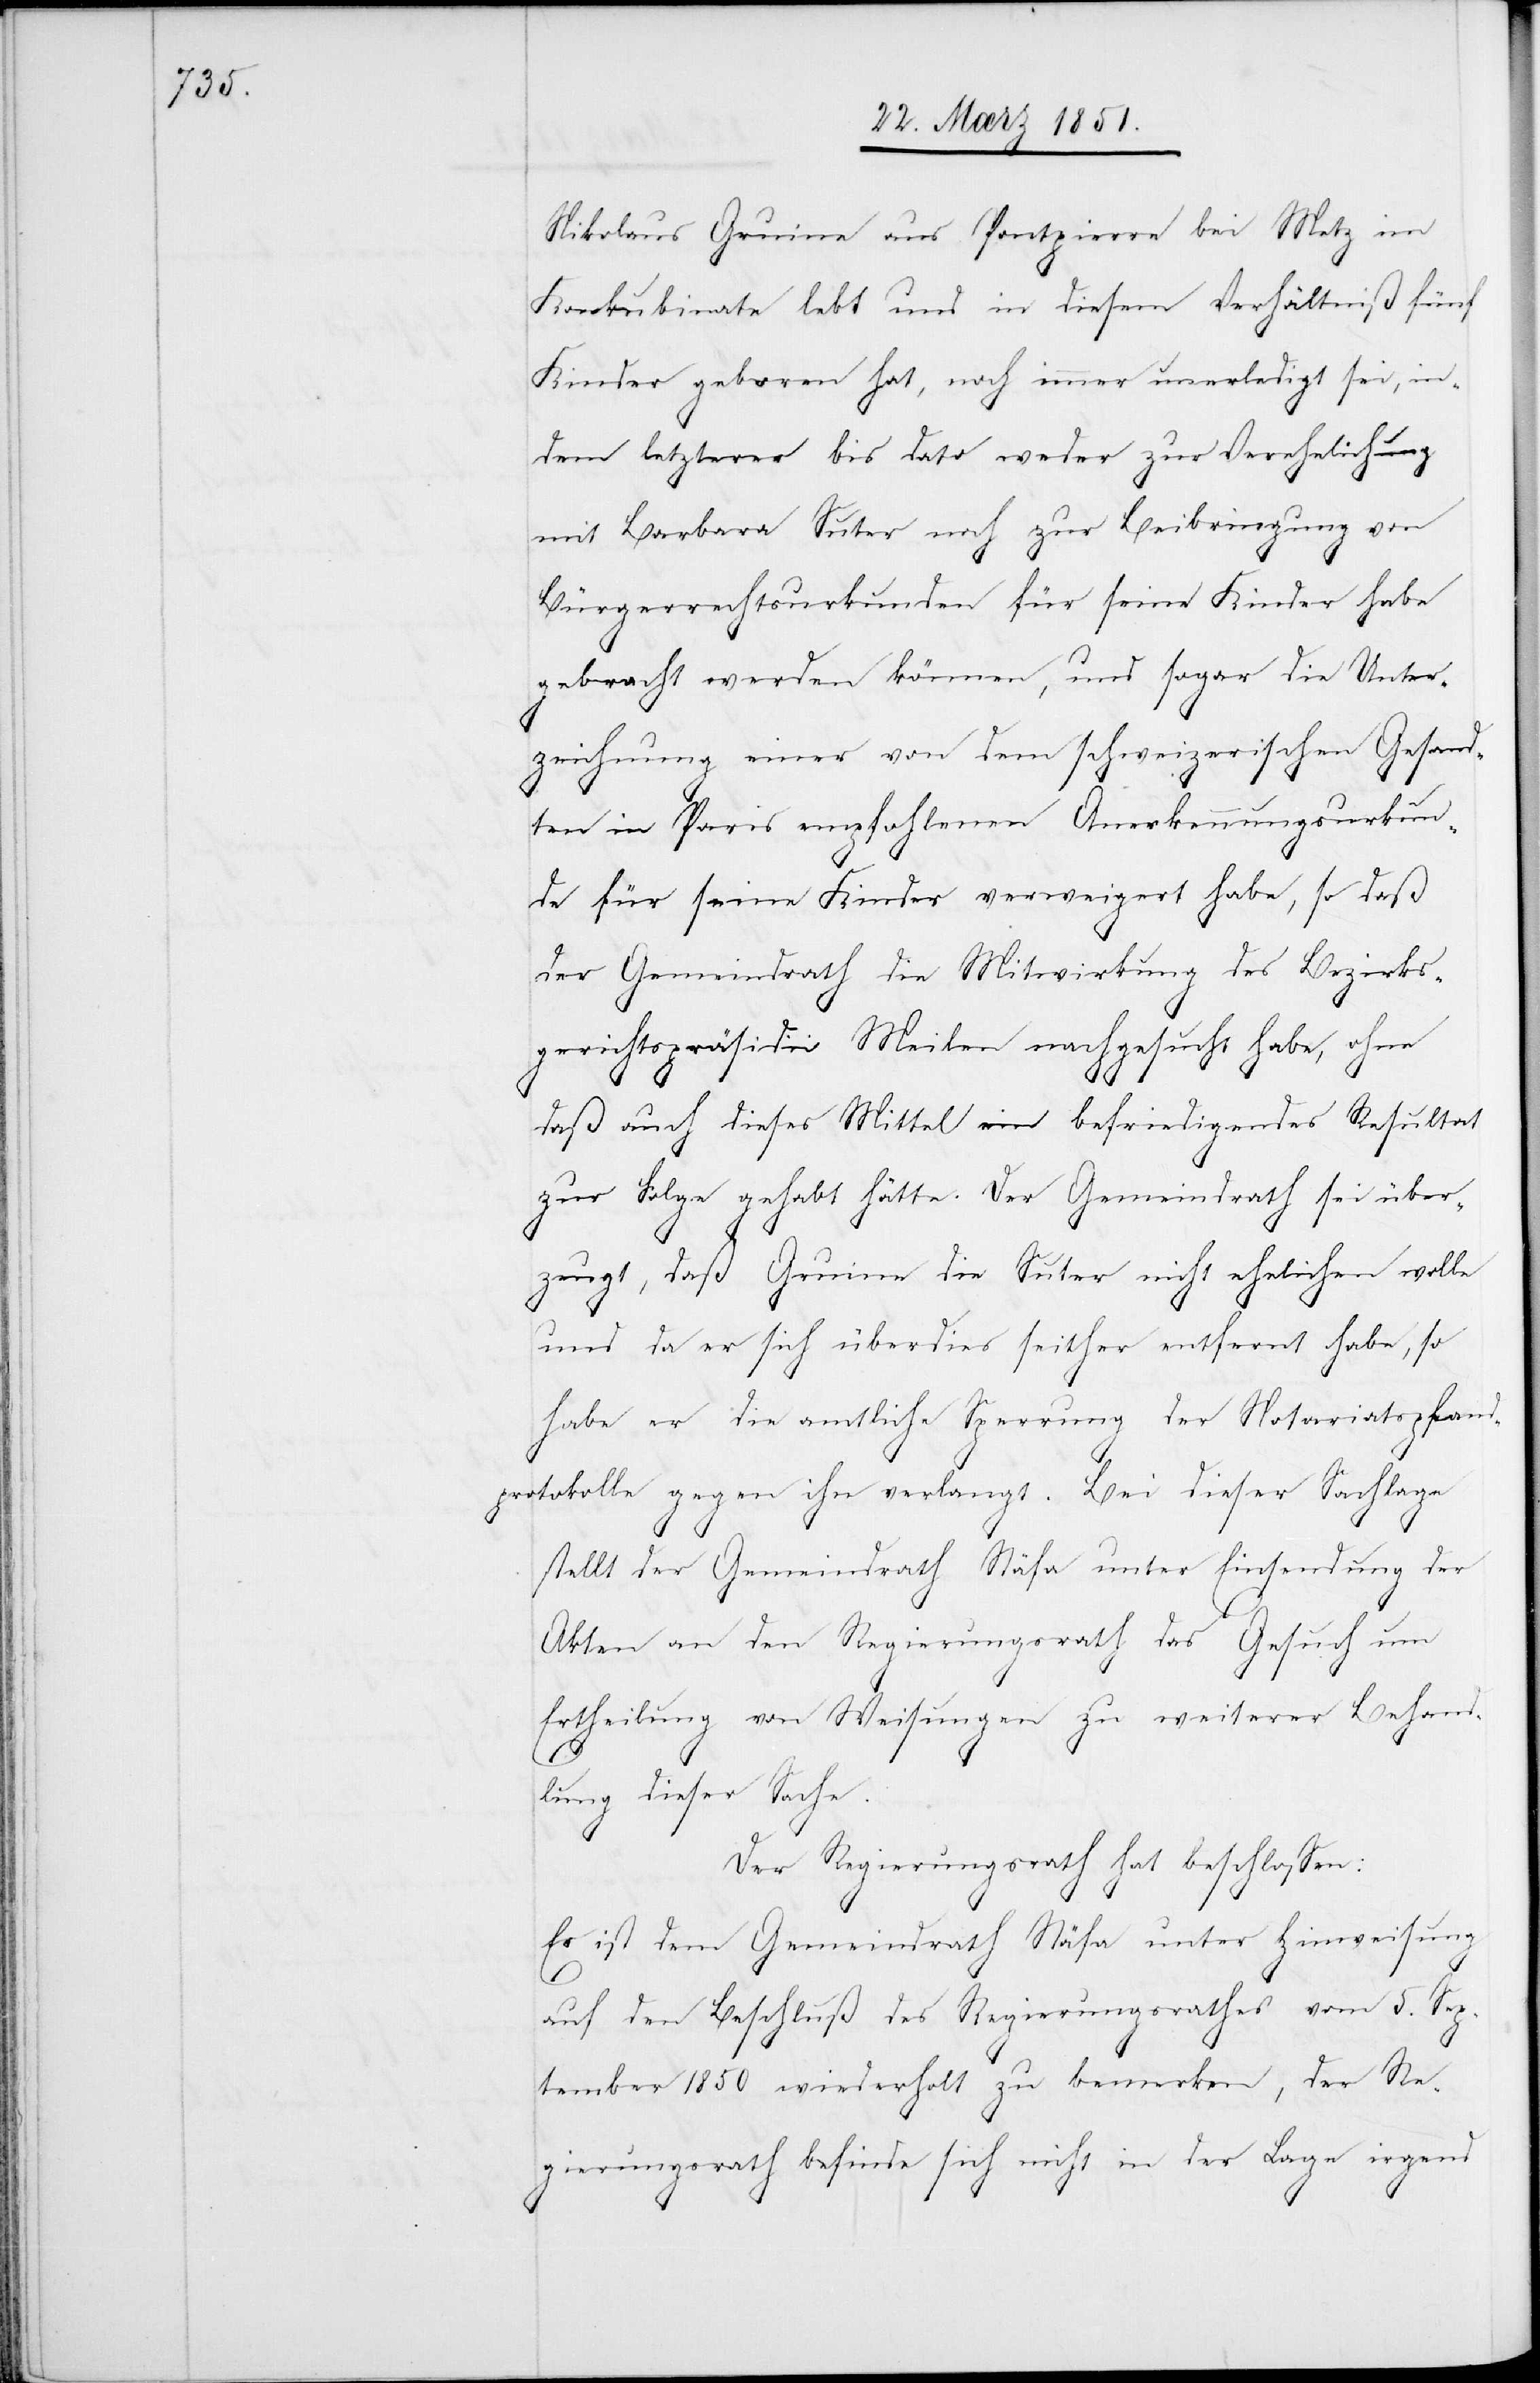
Nikolaus Gruine aus Pontpierre bei Metz im
Konkubinate lebt und in diesem Verhältniß fünf
Kinder geboren hat, noch immer unerledigt sei, in¬
dem letzterer bis dato weder zur Verehelichung
mit Barbara Suter noch zur Beibringung von
Bürgerrechtsurkunden für seine Kinder habe
gebracht werden können, und sogar die Unter¬
zeichnung einer von dem schweizerischen Gesand¬
ten in Paris empfohlenen Anerkennungsurkun¬
de für seine Kinder verweigert habe, so daß
der Gemeindrath die Mitwirkung des Bezirks¬
gerichtspräsidii Meilen nachgesucht habe, ohne
daß auch dieses Mittel ein befriedigendes Resultat
zur Folge gehabt hätte. Der Gemeindrath sei über¬
zeugt, daß Gruine die Suter nicht ehelichen wolle
und da er sich überdies seither entfernt habe, so
habe er die amtliche Sperrung der Notariatspfand¬
protokolle gegen ihn verlangt. Bei dieser Sachlage
stellt der Gemeindrath Stäfa unter Einsendung der
Akten an den Regierungsrath das Gesuch um
Ertheilung von Weisungen zu weiterer Behand¬
lung dieser Sache.
Der Regierungsrath hat beschlossen:
Es ist dem Gemeindrath Stäfa unter Hinweisung
auf den Beschluß des Regierungsrathes vom 5. Sep¬
tember 1850 wiederholt zu bemerken, der Re¬
gierungsrath befinde sich nicht in der Lage irgend